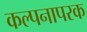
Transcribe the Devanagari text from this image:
कल्पनापरक